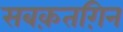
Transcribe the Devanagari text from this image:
सबक़तग़िन